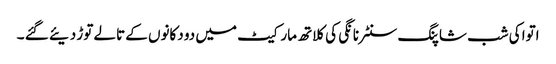
اتوا کی شب شاپنگ سنٹر نانگی کی کلاتھ مارکیٹ میں دو دکانوں کے تالے توڑ دیئے گئے ۔